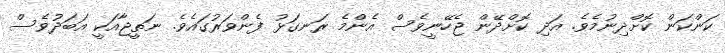
ކަންކަން ކޮށްދިނުމެވެ. އަދި ކޮށްދޭން ޖެހޭނީވެސް އެންމެ ރަނގަޅު ފެންވަރުގައެވެ. ނަތީޖާއަކީ އަބަދުވެސް